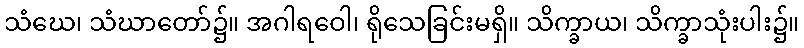
သံဃေ၊ သံဃာတော်၌။ အဂါရဝေါ၊ ရိုသေခြင်းမရှိ။ သိက္ခာယ၊ သိက္ခာသုံးပါး၌။